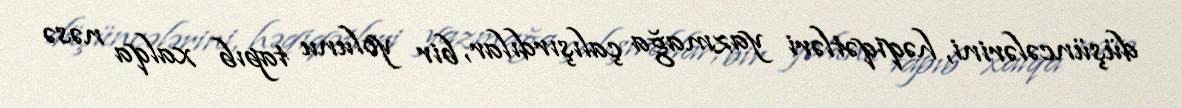
düşüncələrini, həqiqətləri yazmağa çalışırdılar, bir yolunu tapıb xalqa nəsə